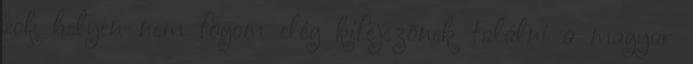
sok helyen nem fogom elég kifejezőnek találni a magyar